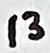
Text: 13